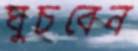
ঘুচবেন